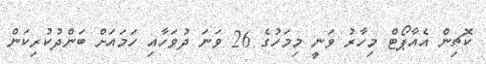
ކޮޗިން އެއާޕޯޓް މިހާރު ވަނީ މިމަހުގެ 26 ވަނަ ދުވަހާއި ހަމައަށް ބަންދުކުރިކަން